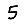
Digit: 5